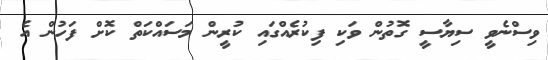
ވިސްނެވީ ސިޔާސީ ގޮތުން ވަކި ފިކުރެއްގައި ކުރީން މަސައްކަތް ކޮށް ފަހުން އެ